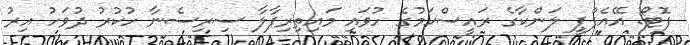
ފޮޓޯ: އޭއެފްޕީ ލަންކާގެ ރައީސްކަމުގެ ހުވައި މައިތިރިޕާލާ ސިރިސެނާ ހުކުރު ދުވަހު އިރު